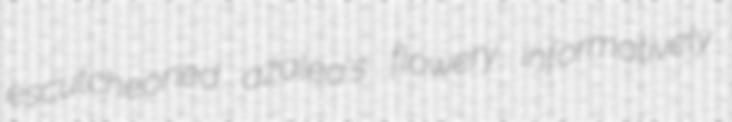
escutcheoned azalea's flowery informatively